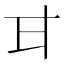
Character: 𭺫